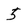
Character: 5